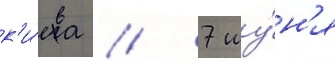
к'и́ева // 7 иу́н'я